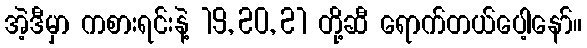
အဲ့ဒီမှာ ကစားရင်းနဲ့ 19, 20, 21 တို့ဆီ ရောက်တယ်ပေါ့နော်။